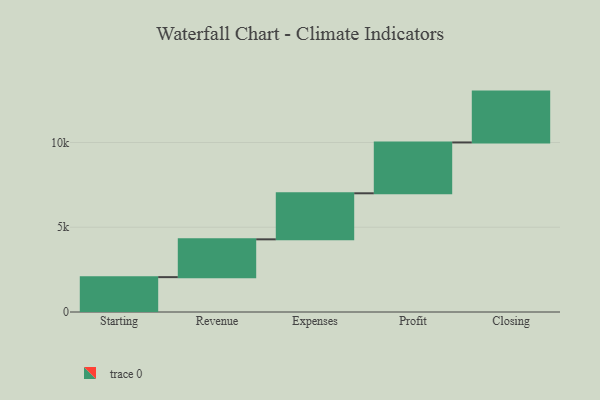
{"axis": {"x": "Step", "y": "Value"}, "legend": [""], "data": [{"x": "Starting", "y": 2057.0, "type": ""}, {"x": "Revenue", "y": 2230.0, "type": ""}, {"x": "Expenses", "y": 2717.0, "type": ""}, {"x": "Profit", "y": 3000, "type": ""}, {"x": "Closing", "y": 3000, "type": ""}]}